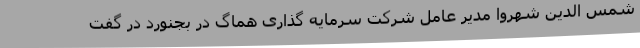
شمس الدین شهروا مدیر عامل شرکت سرمایه گذاری هماگ در بجنورد در گفت